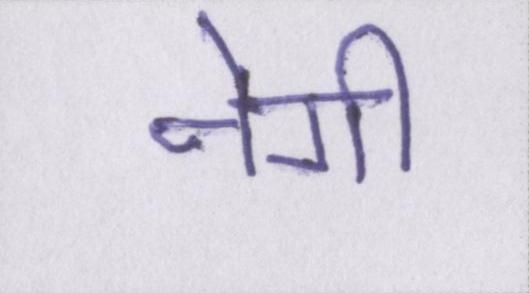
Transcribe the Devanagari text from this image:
नेगी